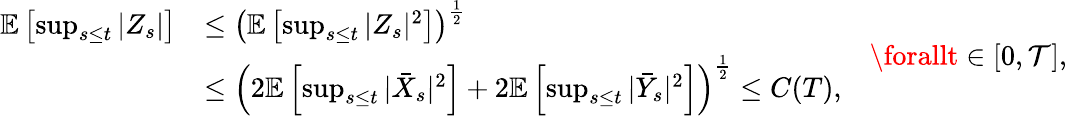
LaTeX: \begin{array}{rl}{\mathbb{E}\left[\operatorname*{sup}_{s\leq t}|Z_{s}|\right]}&{\leq\left(\mathbb{E}\left[\operatorname*{sup}_{s\leq t}|Z_{s}|^{2}\right]\right)^{\frac{1}{2}}}\\ &{\leq\left(2\mathbb{E}\left[\operatorname*{sup}_{s\leq t}|\bar{X}_{s}|^{2}\right]+2\mathbb{E}\left[\operatorname*{sup}_{s\leq t}|\bar{Y}_{s}|^{2}\right]\right)^{\frac{1}{2}}\leq C(T),}\end{array}\quad\forallt\in[0,\mathcal{T}],